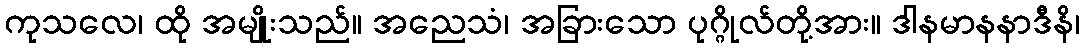
ကုသလေ၊ ထို အမျိုးသည်။ အညေသံ၊ အခြားသော ပုဂ္ဂိုလ်တို့အား။ ဒါနမာနနာဒီနိ၊